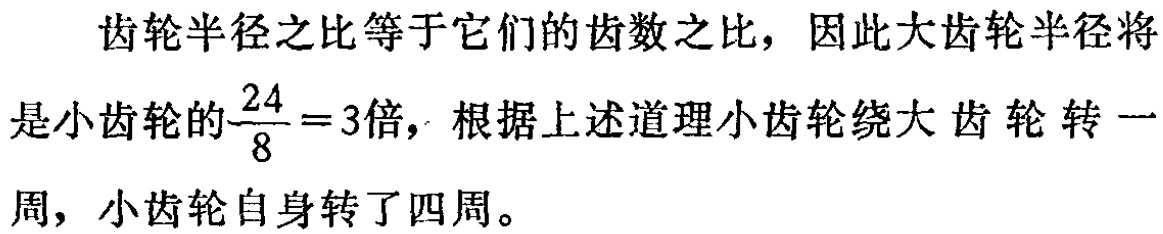
齿轮半径之比等于它们的齿数之比，因此大齿轮半径将是小齿轮的$\frac{24}{8}=3$倍，根据上述道理小齿轮绕大齿轮转一周，小齿轮自身转了四周。